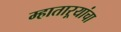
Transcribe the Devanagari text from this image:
म्हाताऱ्यांचा